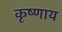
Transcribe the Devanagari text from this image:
कृष्णाय